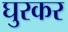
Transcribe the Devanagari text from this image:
घुरकर